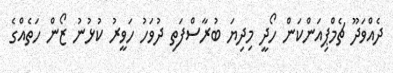
ދެއްވަދޫ ޗެމްޕިއަންކަން ހޯދީ މިދިޔަ ބުރާސްފަތި ދުވަހު ހަވީރު ކުޅުނު ޒޯން ހަތެއްގެ